Report on malaria in the Punjab during the year ...  together with an account of the work of the Punjab Malaria Bureau - Volume 3
Disease focus: Malaria
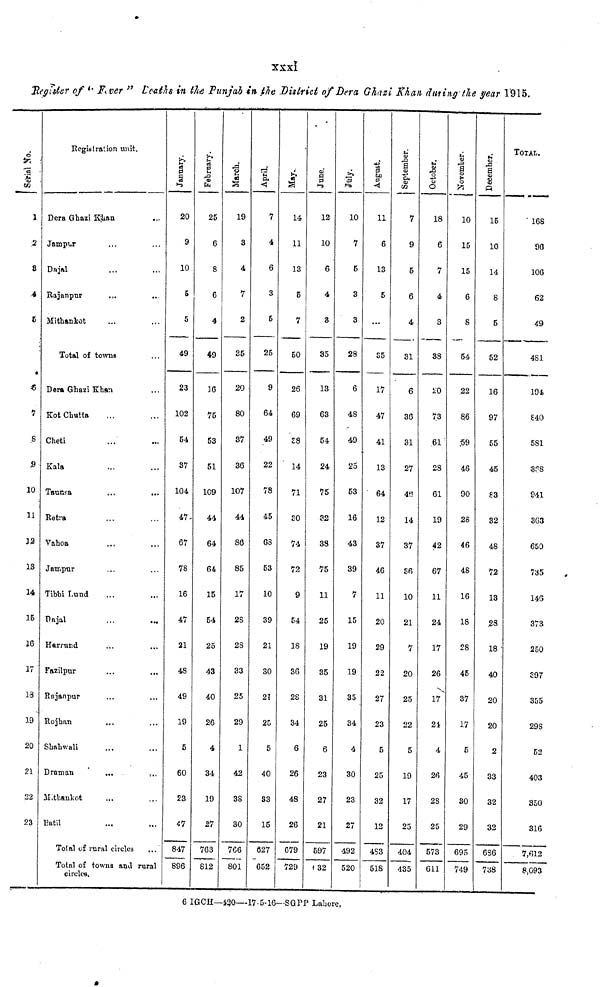
xxxi
Register of " Fever " Deaths in the Punjab in the District of Dera Ghazi Khan during the year 1915.
Serial No.
1
2
8
c
8
10
11
12
13
14
15
16
17
13
39
20
21
22
23
Registration unit.
Dera Ghazi Khan
Jampur
Dajal
Rajanpur
Mithankot
Total of towns
Dera Ghazi Khan
Kot Chutta
Cheti
Kala
Taunsa
Rotra
Vahoa
Jampur
Tibbi Lund
Dajal
Harrund
Fazilpur
Rajanpur
Rojhan
Shahwali
Draman
Mithankot
Batil
Total of rural circles
Total of towns and rural
circles.
January.
20
9
10
5
5
49
23
102
54
37
104
47
67
78
16
47
21
48
49
19
5
60
23
47
847
896
February.
25
6
8
6
4
49
16
75
53
51
109
44
64
64
15
54
25
43
40
26
4
34
19
27
763
812
March.
19
3
4
7
2
35
20
80
37
36
107
44
86
85
17
28
28
33
25
29
1
42
38
30
766
801
April.
7
4
6
3
5
25
9
64
49
22
78
45
68
53
10
39
21
30
21
25
5
40
33
15
627
652
May.
14
11
13
5
7
50
26
69
38
14
71
30
74
72
9
54
18
36
28
34
6
26
48
26
679
729
June.
12
10
6
4
3
35
13
63
54
24
75
32
38
75
11
25
19
35
31
25
6
23
27
21
597
132
July.
10
7
5
3
3
28
6
48
49
25
53
16
43
39
7
15
19
19
35
34
4
30
23
27
492
520
August.
11
6
13
5
35
17
47
41
13
64
12
37
46
11
20
29
22
27
23
5
25
32
12
483
518
September.
7
9
5
6
4
31
6
36
31
27
48
14
37
S6
10
21
7
20
25
22
5
19
17
25
404
435
October.
18
6
7
4
3
38
20
73
61
28
61
19
42
67
11
24
17
26
17
24
4
26
28
25
573
611
November.
10
15
15
6
S
54
22
86
59
46
90
28
46
48
16
18
28
45
37
17
5
45
30
29
695
749
December.
15
10
14
8
5
52
16
97
55
45
83
32
48
72
13
28
18
40
20
20
2
33
32
32
636
738
TOTAL.
168
90
106
62
49
481
194
£40
581
338
941
363
650
735
146
373
250
£97
355
298
52
403
350
316
7,612
8,093
6 IGCH—420—17.5.16—SGPP Lahore.